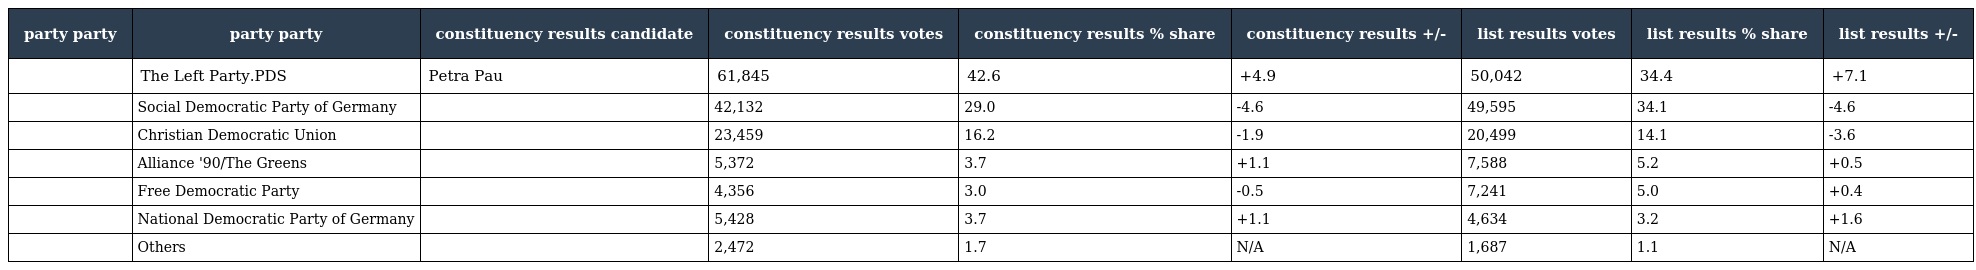
| party party | party party | constituency results candidate | constituency results votes | constituency results % share | constituency results +/- | list results votes | list results % share | list results +/- |
 | --- | --- | --- | --- | --- | --- | --- | --- | --- |
 |  | The Left Party.PDS | Petra Pau | 61,845 | 42.6 | +4.9 | 50,042 | 34.4 | +7.1 |
 |  | Social Democratic Party of Germany |  | 42,132 | 29.0 | -4.6 | 49,595 | 34.1 | -4.6 |
 |  | Christian Democratic Union |  | 23,459 | 16.2 | -1.9 | 20,499 | 14.1 | -3.6 |
 |  | Alliance '90/The Greens |  | 5,372 | 3.7 | +1.1 | 7,588 | 5.2 | +0.5 |
 |  | Free Democratic Party |  | 4,356 | 3.0 | -0.5 | 7,241 | 5.0 | +0.4 |
 |  | National Democratic Party of Germany |  | 5,428 | 3.7 | +1.1 | 4,634 | 3.2 | +1.6 |
 |  | Others |  | 2,472 | 1.7 | N/A | 1,687 | 1.1 | N/A |